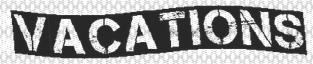
VACATIONS